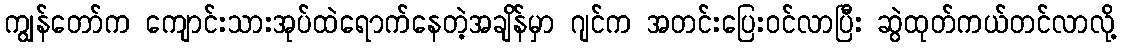
ကျွန်တော်က ကျောင်းသားအုပ်ထဲရောက်နေတဲ့အချိန်မှာ ဂျင်က အတင်းပြေးဝင်လာပြီး ဆွဲထုတ်ကယ်တင်လာလို့